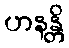
ဟနန္တိ